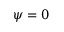
\psi = 0